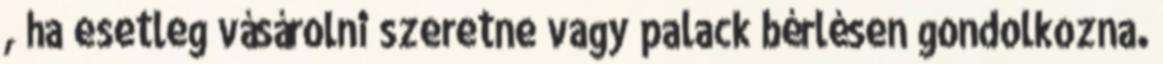
, ha esetleg vásárolni szeretne vagy palack bérlésen gondolkozna.